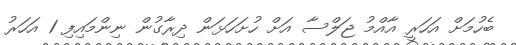
ބެހުމަށް އަހަރީ އާއްމު ޖަލްސާ އަށް ހުށަހަޅަން ދިރާގުން ނިންމައިފި 1 އަހަރު